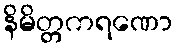
နိမိတ္တကရဏော